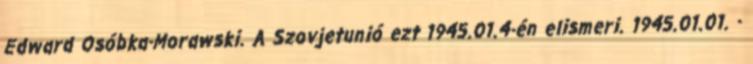
Edward Osóbka-Morawski. A Szovjetunió ezt 1945.01.4-én elismeri. 1945.01.01. -